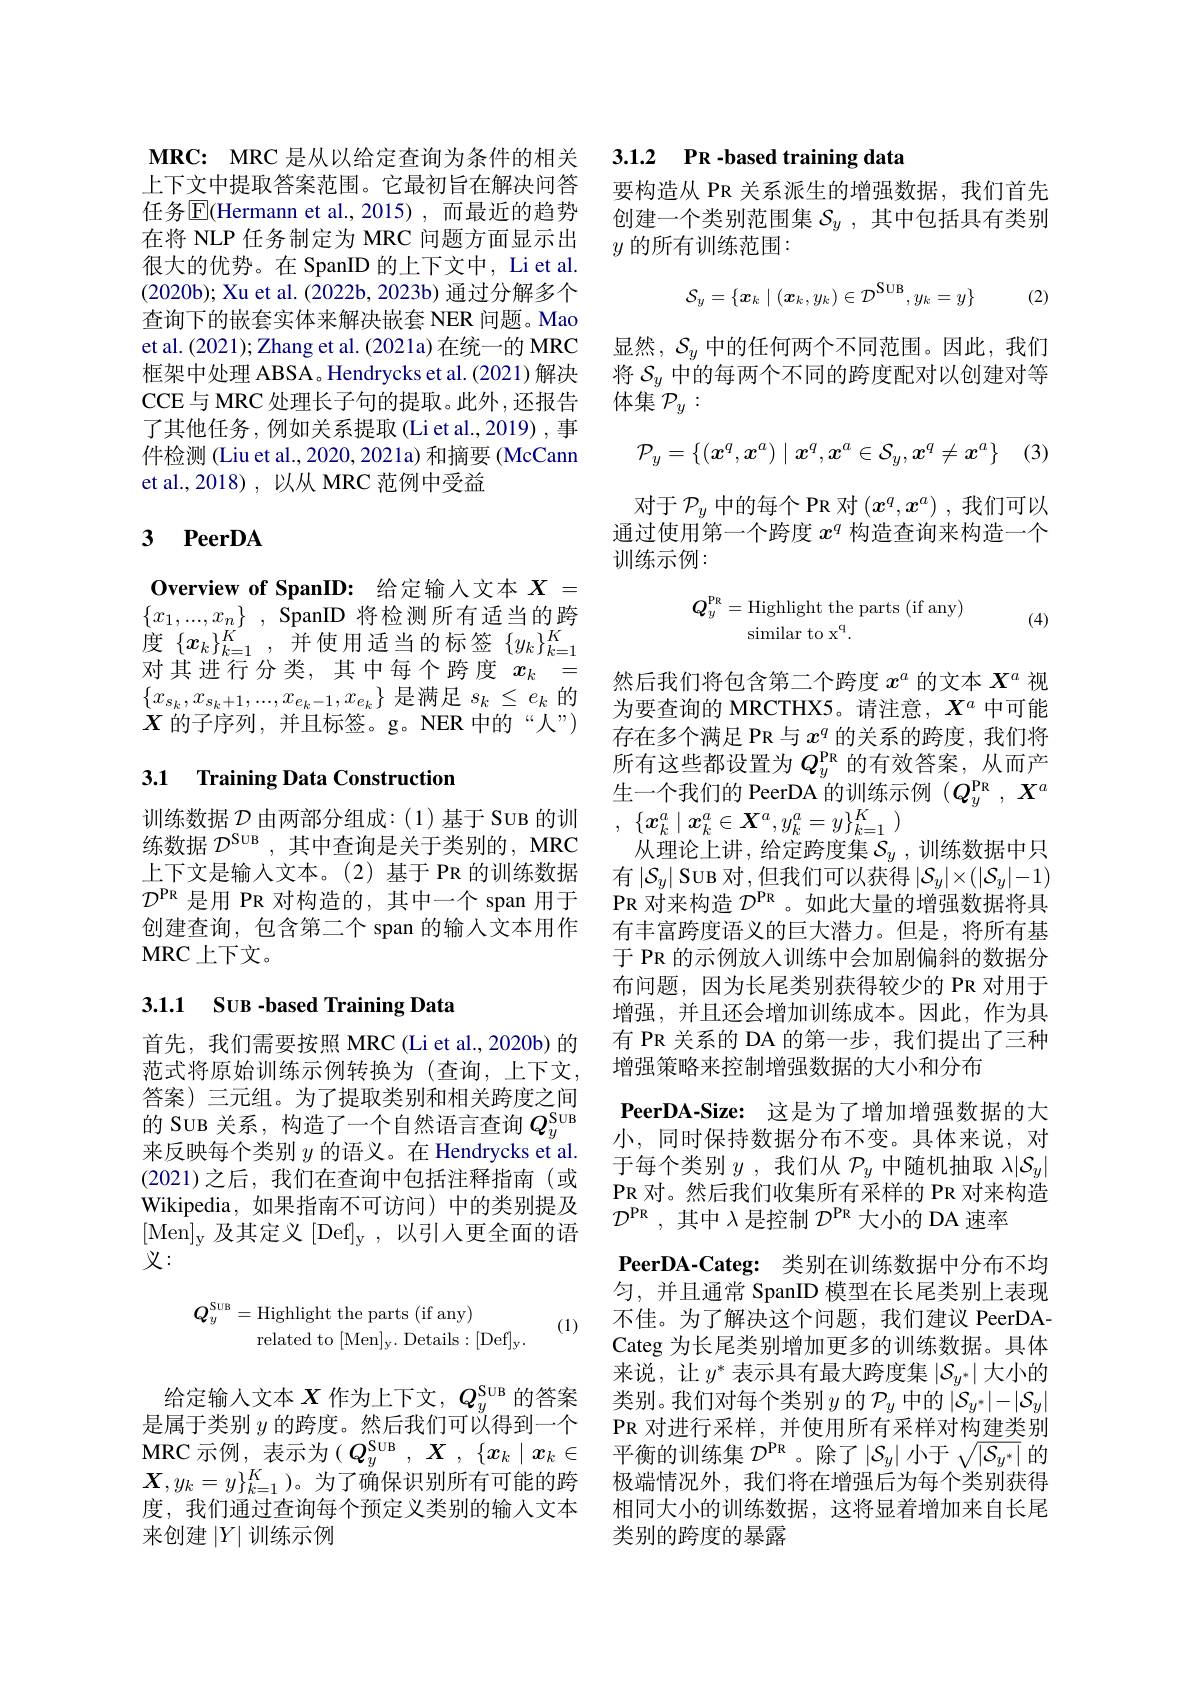
上下文中提取答案范围。它最初旨在解决问答任务$\overline{\mathrm{E}}($Hermann et al.,2015),而最近的趋势在将 NLP 任务制定为 MRC 问题方面显示出很大的优势。在 SpanID 的上下文中，Li et al. (2020b); Xu et al. (2022b, 2023b) 通过分解多个查询下的嵌套实体来解决嵌套 NER 问题。Mao et al. (2021); Zhang et al. (2021a) 在统一的 MRC 框架中处理 ABSA。Hendrycks et al.(2021)解决CCE与 MRC 处理长子句的提取。此外，还报告了其他任务，例如关系提取(Liet al.,2019) ,事件检测 (Liu et al., 2020, 2021a) 和摘要 (McCann et al.,2018), 以从 MRC 范例中受益

## 3 PeerDA

Overview of SpanID: 给定输人文本$X=$ $\{ x_1, . . . , x_n\}$ , SpanID 将检测所有适当的跨度$\{x_k\}_{k=1}^K$,并使用适当的标签$\{y_k\}_k=1^K$ 对其进行分类，其中每个跨度$x_k=$ $\{x_{s_k},x_{s_k+1},...,x_{e_k-1},x_{e_k}\}$是满足$s_k\leq e_k$的$X$的子序列，并且标签。g。NER 中的“人”)

## 3.1 Training Data Construction

训练数据$\mathcal{D}$由两部分组成：(1)基于 SUB 的训 $,\{x_k^a\mid x_k^a\in\boldsymbol{X}^a,y_k^a=y\}_{k=1}^K$
练数据$\mathcal{D}^\mathrm{SUB}$ ,其中查询是关于类别的 , MRC 从理论上讲，给定跨度集$\mathcal{S}_y$ ,训练数据中只上下文是输人文本。(2)基于 PR 的训练数据 有$|\mathcal{S}_y|$Suв对，但我们可以获得$|\mathcal{S}_y|\times(|\mathcal{S}_y|-1)$ $\mathcal{D}^\mathrm{PR}$是用 PR 对构造的，其中一个 span 用于 PR 对来构造$\mathcal{D}^\mathrm{PR}$。如此大量的增强数据将具创建查询，包含第二个 span 的输入文本用作
MRC上下文。

## 3.1.1 SUB -based Training Data

首先，我们需要按照 MRC (Li et al., 2020b) 的范式将原始训练示例转换为(查询，上下文， 答案)三元组。为了提取类别和相关跨度之间来反映每个类别$y$的语义。在 Hendrycks et al. (2021)之后，我们在查询中包括注释指南(或Wikipedia,如果指南不可访问)中的类别提及[Men$]_\mathrm{y}$及其定义[Def$]_\mathrm{y}$,以引入更全面的语义：

(1)
$$\begin{aligned}Q_{y}^{\mathrm{SUB}}&=\text{Highlight the parts (if any)}\\&\text{related to [Men]y. Details: [Def]y.}\end{aligned}$$
给定输人文本$X$作为上下文，$Q_y^\mathrm{SUB}$的答案是属于类别$y$的跨度。然后我们可以得到一个$\mathbf{MRC}$ 示例，表示为$(Q_y^\text{SUв},X,\{x_k\mid x_k\in$ $\boldsymbol{X},y_k=y\}_{k=1}^K$)。为了确保识别所有可能的跨度，我们通过查询每个预定义类别的输入文本来创建$|Y|$训练示例

MRC: MRC 是从以给定查询为条件的相关3.1.2 PR -based training data

要构造从 PR 关系派生的增强数据，我们首先创建一个类别范围集$\mathcal{S}_y$,其中包括具有类别$y$ 的所有训练范围：
$$\mathcal{S}_y=\{\boldsymbol{x}_k\mid(\boldsymbol{x}_k,y_k)\in\mathcal{D}^\text{SUB},y_k=y\}\quad(2)$$
显然，$\mathcal{S}_y$中的任何两个不同范围。因此，我们将$S_y$中的每两个不同的跨度配对以创建对等体集$\mathcal{P}_y:$
$$\mathcal P_y=\{(\boldsymbol{x}^q,\boldsymbol{x}^a)\mid\boldsymbol{x}^q,\boldsymbol{x}^a\in\mathcal S_y,\boldsymbol{x}^q\neq\boldsymbol{x}^a\}$$
对于$\mathcal{P}_y$中的每个 PR 对$(x^q,x^a)$ ,我们可以通过使用第一个跨度$x^q$构造查询来构造一个训练示例：
$$\begin{aligned}Q_y^{\text{PR}}&=\text{Highlight the parts (if any)}\\&\text{similar to x}^{\text{q}}.\end{aligned}$$
(4)

然后我们将包含第二个跨度$x^a$的文本$X^a$视为要查询的 MRCTHX5。请注意，$X^a$中可能存在多个满足 PR 与$x^q$的关系的跨度，我们将所有这些都设置为$Q_y^\mathrm{PR}$的有效答案，从而产生一个我们的 PeerDA 的训练示例$(Q_y^\mathrm{PR},X^a$ 有丰富跨度语义的巨大潜力。但是，将所有基于 PR 的示例放人训练中会加剧偏斜的数据分布问题，因为长尾类别获得较少的 PR 对用于增强，并且还会增加训练成本。因此，作为具有 PR 关系的 DA 的第一步，我们提出了三种增强策略来控制增强数据的大小和分布
PeerDA-Size: 这是为了增加增强数据的大小，同时保持数据分布不变。具体来说，对于每个类别$y$ ,我们从$\mathcal{P}_y$中随机抽取$\lambda|\mathcal{S}_y|$ PR 对。然后我们收集所有采样的 PR 对来构造$\mathcal{D}^\mathrm{PR}$,其中$\lambda$是控制$\mathcal{D}^\mathrm{PR}$大小的 DA 速率
PeerDA-Categ: 类别在训练数据中分布不均匀，并且通常 SpanID 模型在长尾类别上表现不佳。为了解决这个问题，我们建议 PeerDACateg 为长尾类别增加更多的训练数据。具体来说，让$y^*$表示具有最大跨度集 $|\mathcal{S}_y^*|$ 大小的类别。我们对每个类别$y$的$\mathcal{P}_y$中的$|\mathcal{S}_y^*|-|\mathcal{S}_y|$ PR对进行采样，并使用所有采样对构建类别平衡的训练集$\mathcal{D}^\mathrm{PR}$ 。除了$\left|\mathcal{S}_y\right|$小于$\sqrt\left|\mathcal{S}_{y^*}\right|$的极端情况外，我们将在增强后为每个类别获得相同大小的训练数据，这将显着增加来自长尾类别的跨度的暴露